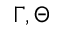
\Gamma , \Theta